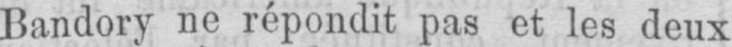
Bandory ne répondit pas et les deux